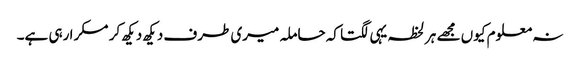
نہ معلوم کیوں مجھے ہر لحظہ یہی لگتا کہ حاملہ میری طرف دیکھ دیکھ کر مسکرا رہی ہے۔